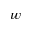
w